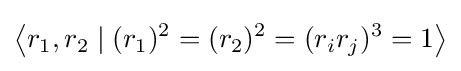
\left\langle r_{1},r_{2}\mid (r_{1})^{2}=(r_{2})^{2}=(r_{i}r_{j})^{3}=1\right\rangle